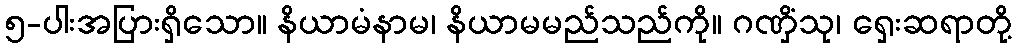
၅-ပါးအပြားရှိသော။ နိယာမံနာမ၊ နိယာမမည်သည်ကို။ ဂဏှိံသု၊ ရှေးဆရာတို့